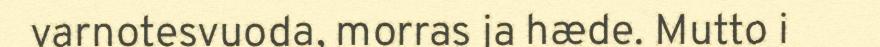
varnotesvuoda, morras ja hæde. Mutto i